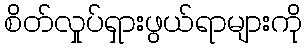
စိတ်လှုပ်ရှားဖွယ်ရာများကို